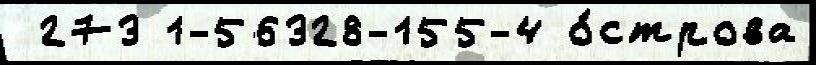
 273 1-56328-155-4 о́строва